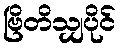
ဗြိတိသျှပိုင်